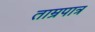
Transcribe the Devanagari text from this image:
ताम्रपात्र